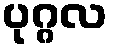
ပုဂ္ဂလ